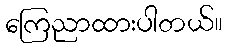
ကြေညာထားပါတယ်။